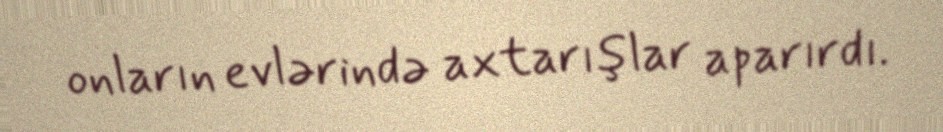
onların evlərində axtarışlar aparırdı.